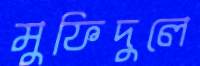
মুফিদুলে